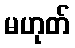
မဟုတ်